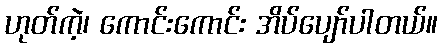
ဟုတ်ကဲ့၊ ကောင်းကောင်း အိပ်ပျော်ပါတယ်။